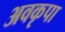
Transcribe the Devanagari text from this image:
अवकृपा